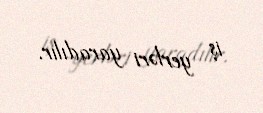
iş yerləri yaradılır.